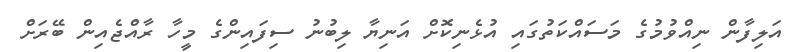
އަލިފާން ނިއްވުމުގެ މަސައްކަތުގައި އުޅެނިކޮށް އަނިޔާ ލިބުނު ސިފައިންގެ މީހާ ރާއްޖެއިން ބޭރަށް